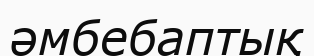
әмбебаптық